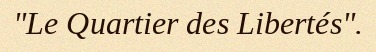
"Le Quartier des Libertés".